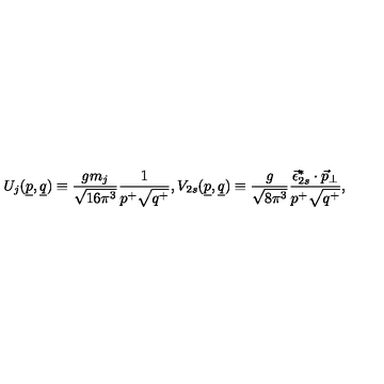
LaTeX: U _ { j } ( \underline { { p } } , \underline { { q } } ) \equiv \frac { g m _ { j } } { \sqrt { 1 6 \pi ^ { 3 } } } \frac { 1 } { p ^ { + } \sqrt { q ^ { + } } } , V _ { 2 s } ( \underline { { p } } , \underline { { q } } ) \equiv \frac { g } { \sqrt { 8 \pi ^ { 3 } } } \frac { \vec { \epsilon } _ { 2 s } ^ { * } \cdot \vec { p } _ { \perp } } { p ^ { + } \sqrt { q ^ { + } } } ,